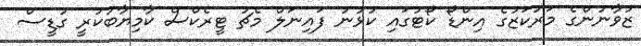
ޒުވާނުންގެ މަރުކަޒުގެ އިންޑޯ ކޯޓުގައި ކުޅުނު ފައިނަލް މެޗު ޓީރެކްސް ކާމިޔާބުކުރީ ގުޑީސް